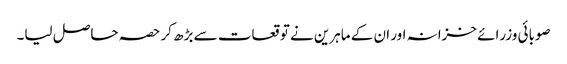
صوبائی وزرائے خزانہ اور ان کے ماہرین نے توقعات سے بڑھ کر حصہ حاصل لیا۔